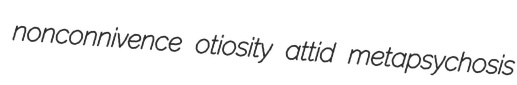
nonconnivence otiosity attid metapsychosis